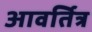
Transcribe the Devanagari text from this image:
आवर्तित्र